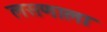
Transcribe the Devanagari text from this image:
लसणाला